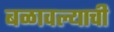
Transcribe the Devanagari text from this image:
बळावल्याची